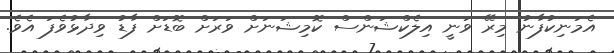
އެމަނިކުފާނު މިރޭ ވަނީ އިލެކްޝަންސް ކޮމިޝަނަށް ވަރަށް ބޮޑަށް ފާޑު ވިދާޅުވެފަ އެވެ.